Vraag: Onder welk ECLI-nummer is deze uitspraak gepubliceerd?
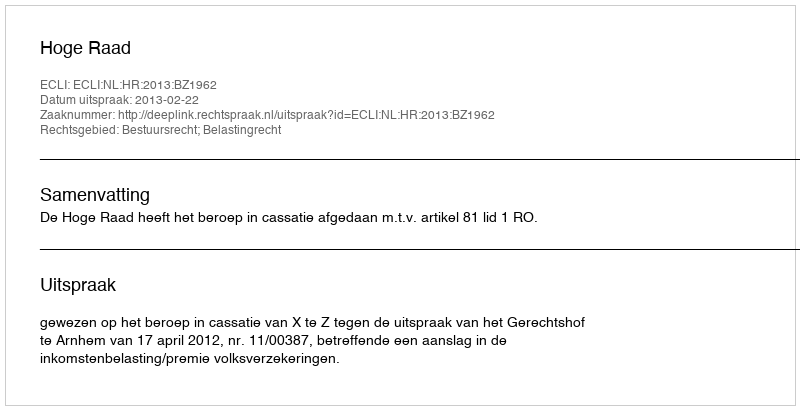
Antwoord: ECLI:NL:HR:2013:BZ1962